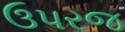
ઉપરજ